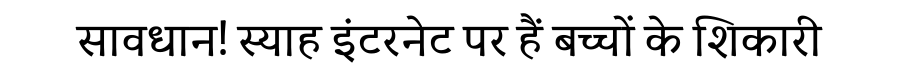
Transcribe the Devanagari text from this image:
सावधान! स्याह इंटरनेट पर हैं बच्चों के शिकारी